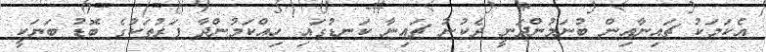
އެކަމަކު ޗައިނާއިން ބުނަމުންދަނީ ދެކުނު ޗައިނާ ކަނޑުގައި ހިއްކަމުންދާ ފަރުތަކުގެ ބޮޑު ބަޔަކީ